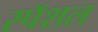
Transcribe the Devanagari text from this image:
स्पॅशल